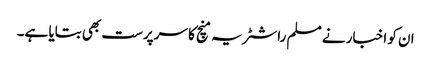
ان کو اخبار نے مسلم راشٹریہ منچ کا سرپرست بھی بتایا ہے۔